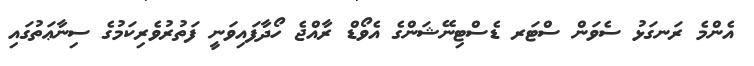
އެންމެ ރަނގަޅު ސެވަން ސްޓަރ ޑެސްޓިނޭޝަންގެ އެވޯޑް ރާއްޖެ ހޯދާފައިވަނީ ފަތުރުވެރިކަމުގެ ސިނާޢަތުގައި